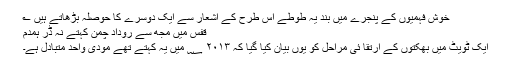
خوش فہمیوں کے پنجرے میں بند یہ طوطے اس طرح کے اشعار سے ایک دوسرے کا حوصلہ بڑھاتے ہیں ؎
قفس میں مجھ سے رودادِ چمن کہتے نہ ڈر ہمدم
ایک ٹویٹ میں بھکتوں کے ارتقا ئی مراحل کو یوں بیان کیا گیا کہ ۲۰۱۳ ؁ میں یہ کہتے تھے مودی واحد متبادل ہے۔